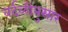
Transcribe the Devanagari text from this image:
वर्दळीनुसार